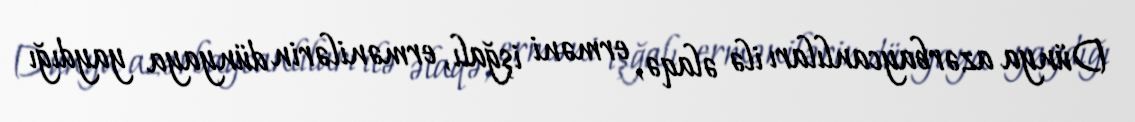
Dünya azərbaycanlıları ilə əlaqə, erməni işğalı, ermənilərin dünyaya yaydığı